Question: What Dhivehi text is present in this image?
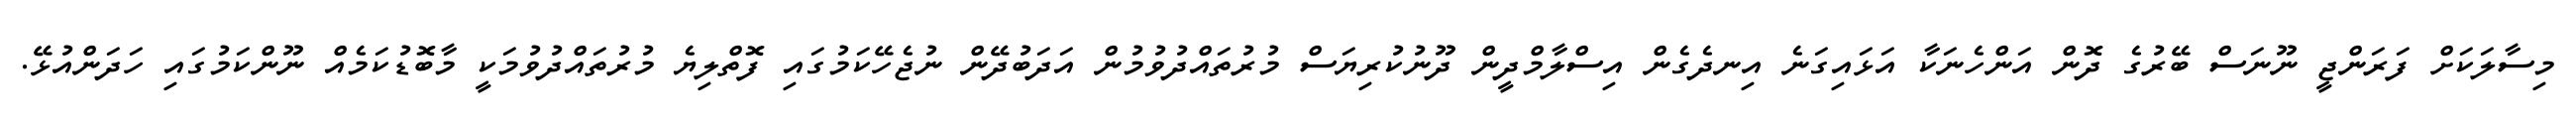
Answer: މިސާލަކަށް ފަރަންޖީ ނޫނަސް ބޭރުގެ ދޮން އަންހެނަކާ އަޅައިގަނެ އިނދެގެން އިސްލާމްދީން ދޫނުކުރިޔަސް މުރުތައްދުވުމުން އަދަބުދޭން ނުޖެހޭކަމުގައި ފޮތްލިޔެ މުރުތައްދުވުމަކީ މާބޮޑުކަމެއް ނޫންކަމުގައި ހަދަންއުޅޭ.